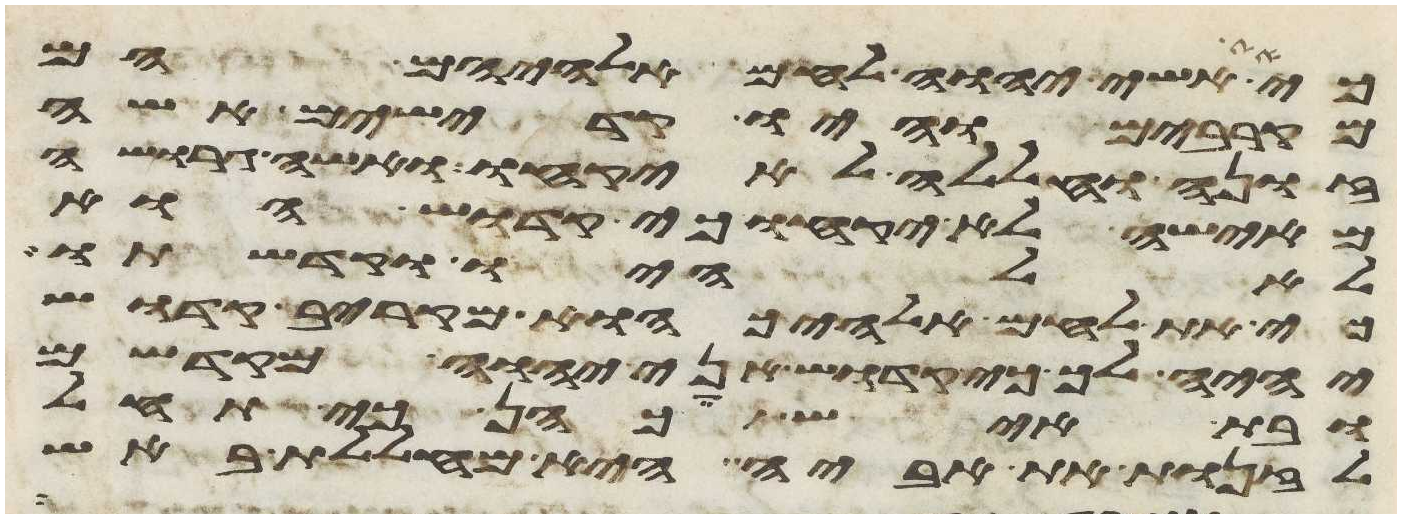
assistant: כי את אשי יהוה לחם אלהיהם הם
מקרבים והיו קדישים אשה
זונה וחללה לא יקחו ואשה גרושה
מאישה לא יקחו כי קדוש הוא
לאלהיו וקדשתו
כי את לחם אלהיך הוא מקריב קדוש
יהיה לך כי קדוש אני יהוה מקדשם
ובת איש כהן כי תחל
לזנות את אביה היא מחללת באש